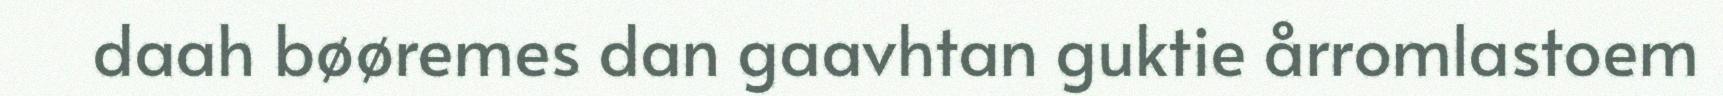
daah bøøremes dan gaavhtan guktie årromlastoem